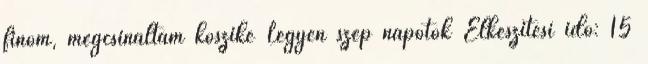
finom, megcsináltam köszike Legyen szép napotok Elkészítési idő: 15